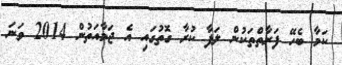
ކަމާ ބެހޭ ފަރާތްތަކުން ލަފާ ކުރާ ގޮތުގައި އެ ޖަމާއަތުން 2014 ވަނަ